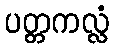
ပတ္တကလ္လံ